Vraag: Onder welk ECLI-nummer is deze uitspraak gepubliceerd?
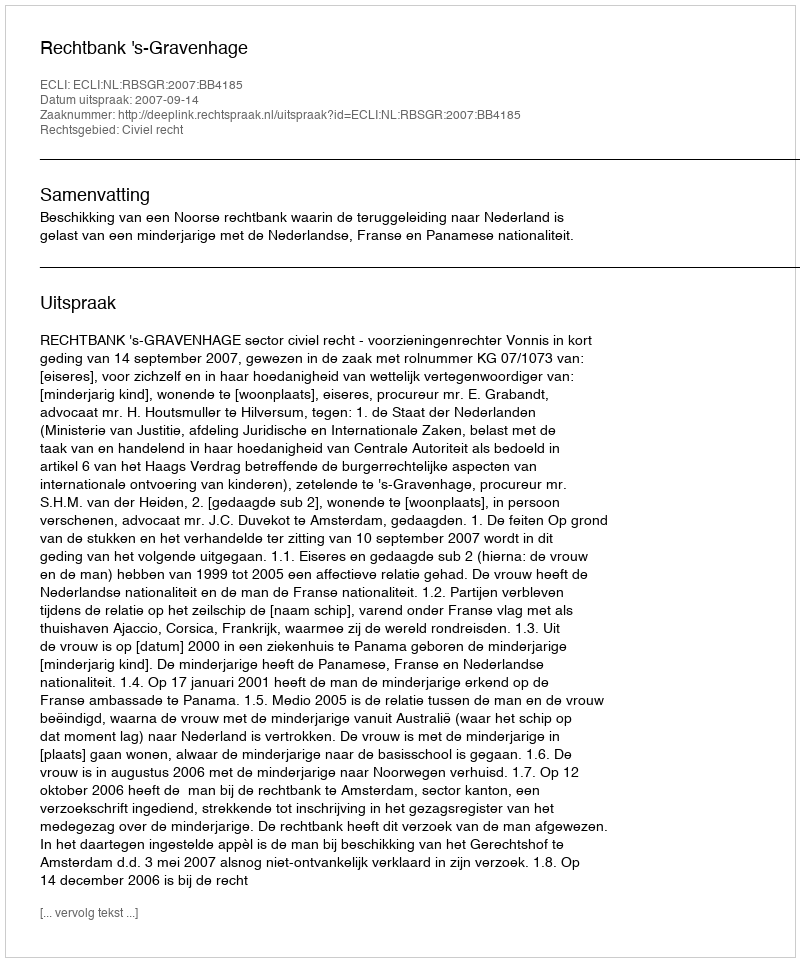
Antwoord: ECLI:NL:RBSGR:2007:BB4185